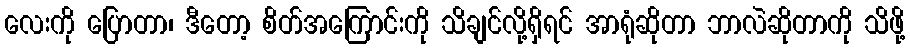
လေးကို ပြောတာ၊ ဒီတော့ စိတ်အကြောင်းကို သိချင်လို့ရှိရင် အာရုံဆိုတာ ဘာလဲဆိုတာကို သိဖို့